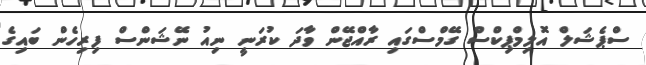
ސްޕެޝަލް އޮލިމްޕިކްސް ގޭމްސްގައި ރާއްޖޭން ވާދަ ކުރަނީ ނިއު ނޭޝަންސް ފިރިހެން ބައިގެ